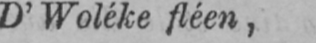
D’Woléke fléen,